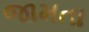
જામતા